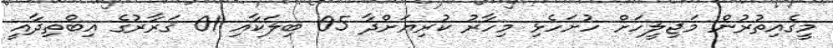
މީގެއިތުރުން މަޖިލީހަށް ހުށަހެޅި މިހާރު ކުރިޔަށްދާ 05 ބިލަކާއި 01 ޤަރާރުގެ އިބްތިދާއީ